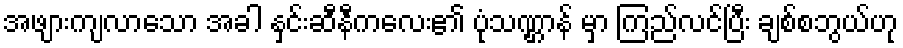
အဖျားကျလာသော အခါ နှင်းဆီနီကလေး၏ ပုံသဏ္ဌာန် မှာ ကြည်လင်ပြီး ချစ်စဘွယ်ဟု